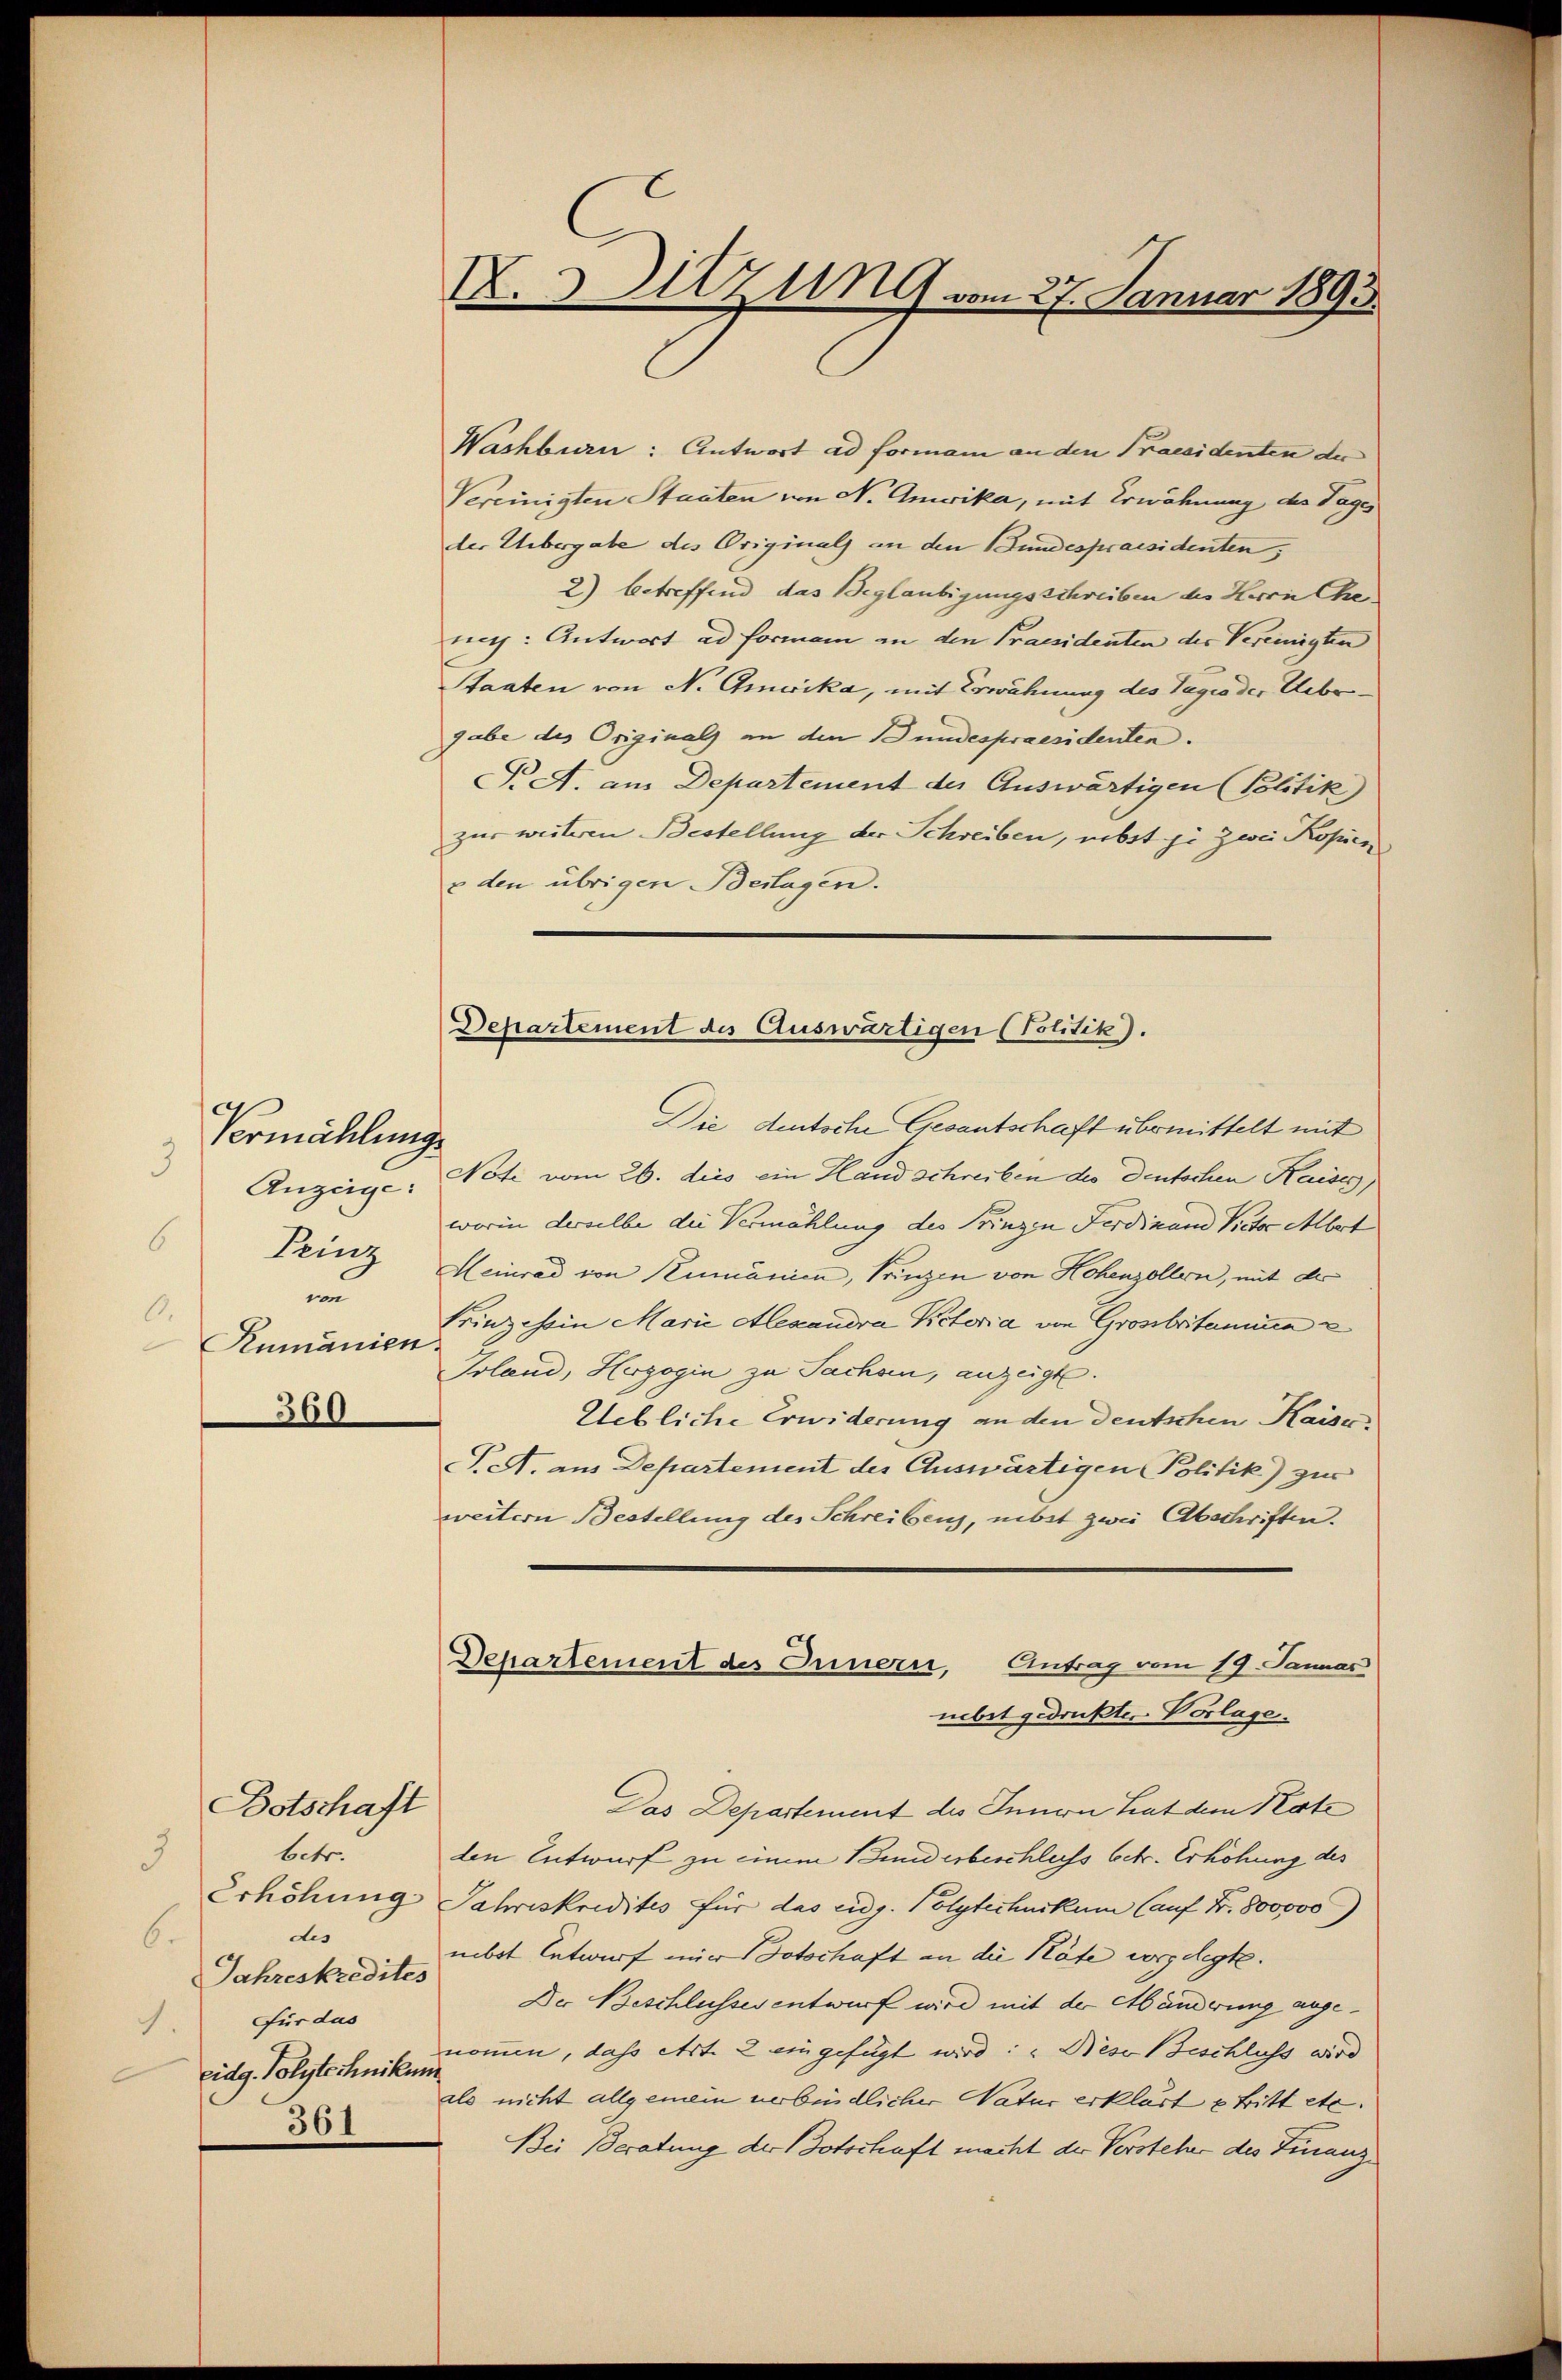
Vermählung
3
Anzeige:
6
Prinz
un
.
Rumänien
.
360

Botschaft
betr.
3
dis
6.
Jahreskredites
Für das
eidg. Polytechnikum
361

N. 3 zu vom 27. Januar 1893.

Wachburn: Antwort ad formani an den Praesidenten der
Vereinigten Staaten von N. Amerika, mit Erwähnung des Tages
der Uebergabe des Originals an den Fundespraesidenten,
2) betreffend das Beglaubigungsschreiben des Herrn Cheniech: Antwort ad formann an den Praesidenten der Vereinigten
Staaten von N. Gmwika, mit Erwähnung des Tagio der Uebergabe des Originals an den Bundespraesidenten.
. A. am Departement der Auswärtigen (Politik
zur weiteren Bestellung der Schreiben, nebst je zwei Kopien
& den übrigen Beilagen.
Die deutsche Gesantschaft übermittelt mit
Note vom 26. dies ein Hand schreiben des Deutschen Kaises
worin derselbe die Vermählung des Prinzen Ferdinum Victor Albert
Heinrad von Kumanien, Prinzen von Hohenzollen, mit der
Prinzessin Marie Alexandra Kotoria von Großbritamina
Joland, Herzogin zu Sachsen, anzeigt.
Uebliche Erwiderung an den deutschen Kaiser
PeA. aus Departement des Auswärtigen Politik) zur
weitern Bestellung des Schreibens, nebst zwei Abschriften.
Departement des Orinerei, Antrag vom 19. Januar
nebst gedruckten Vorlage.
Das Departement des Innen hat dem Kate
den Entwurf zu einem Bunderbeschluss betr. Erhöhung des
Erhöhung Jahreskredites für das eidg. Polytechnikum (auf Fr. 800,000)
nebst Entwurf einer Botschaft an die Räte vorgelegte.
Der Beschlusses entwurf wird mit der Abänderung abgenommen, dass Art. 2 eingefügt wird: „Diese Beschluss wird
als nicht allgemein verbindlicher Natur erklärt e tritt etc.
Bei Beratung der Botschaft macht der Versteher des Finanz¬

Departement des Auswärtigen (Politik).